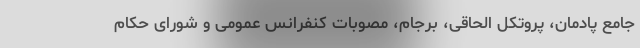
جامع پادمان، پروتکل الحاقی، برجام، مصوبات کنفرانس عمومی و شورای حکام